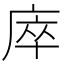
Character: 𢈼